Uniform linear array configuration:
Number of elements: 8
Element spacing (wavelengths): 1
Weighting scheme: uniform
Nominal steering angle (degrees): -45
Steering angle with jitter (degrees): -45.98
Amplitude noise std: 0.05
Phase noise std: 0.05

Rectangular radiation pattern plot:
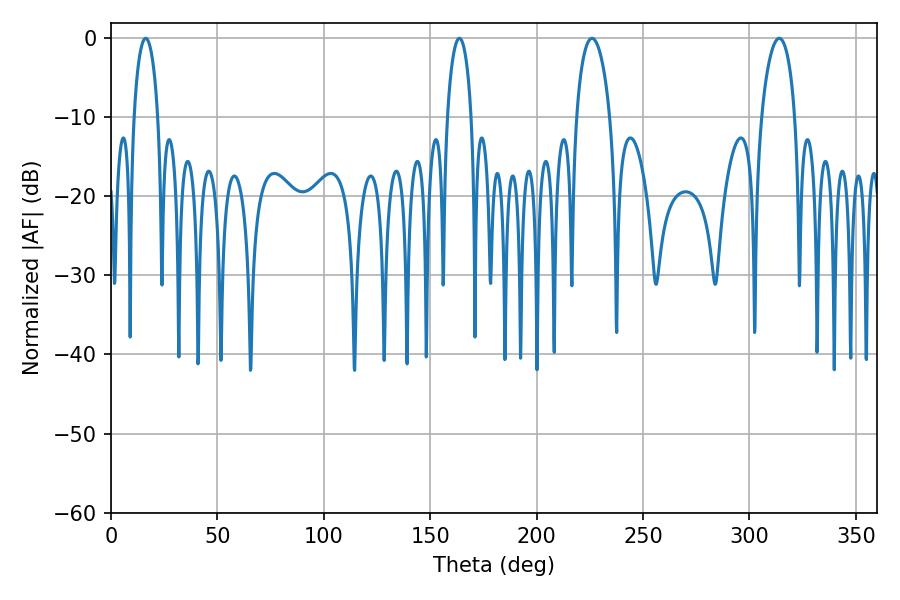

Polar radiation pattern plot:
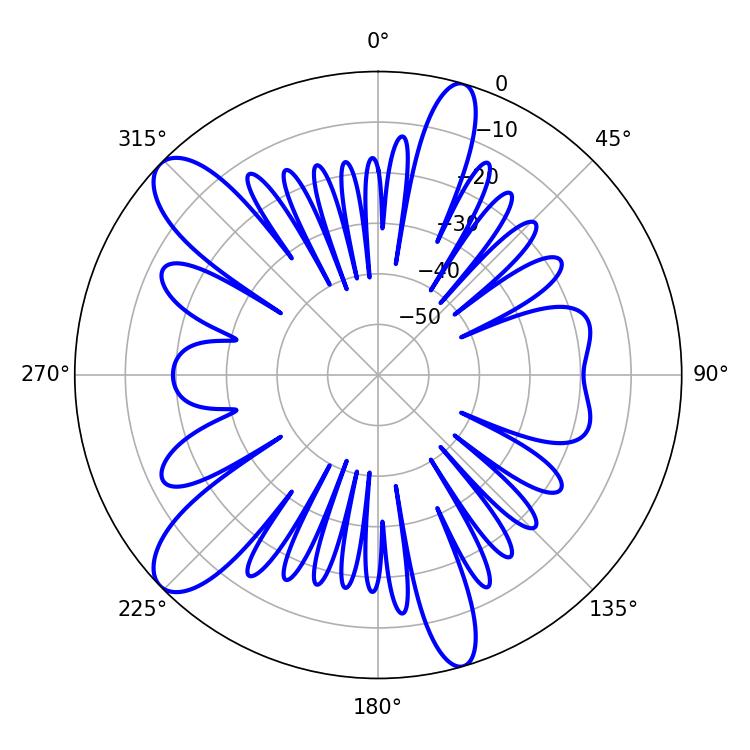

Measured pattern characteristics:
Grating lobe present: TRUE
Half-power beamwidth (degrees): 9
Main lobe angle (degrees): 226.08